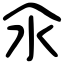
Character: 氽